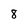
Character: 8